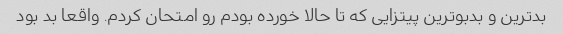
بدترین و بدبوترین پیتزایی که تا حالا خورده بودم رو امتحان کردم. واقعا بد بود